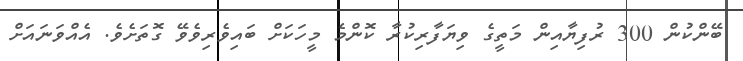
ބޭންކުން 300 ރުފިޔާއިން މަތީގެ ވިޔަފާރިކުރާ ކޮންމެ މީހަކަށް ބައިވެރިވެވޭ ގޮތަށެވެ. އެއްވަނައަށް